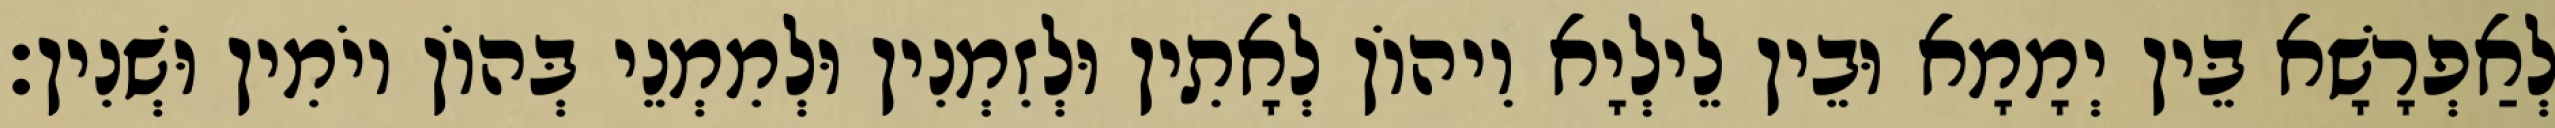
לְאַפְרָשָׁא בֵּין יְמָמָא וּבֵין לֵילְיָא וִיהוֹן לְאָתִין וּלְזִמְנִין וּלְמִמְנֵי בְּהוֹן יוֹמִין וּשְׁנִין׃